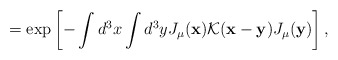
\begin{align*}=\exp\left[-\int d^3x\int d^3yJ_\mu({\bf x}){\cal K}({\bf x}-{\bf y})J_\mu({\bf y})\right],\end{align*}